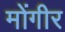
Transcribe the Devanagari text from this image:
मोंगीर